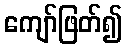
ကျော်ဖြတ်၍